Medical and sanitary report of the native army of Madras for the year
Year: 1877
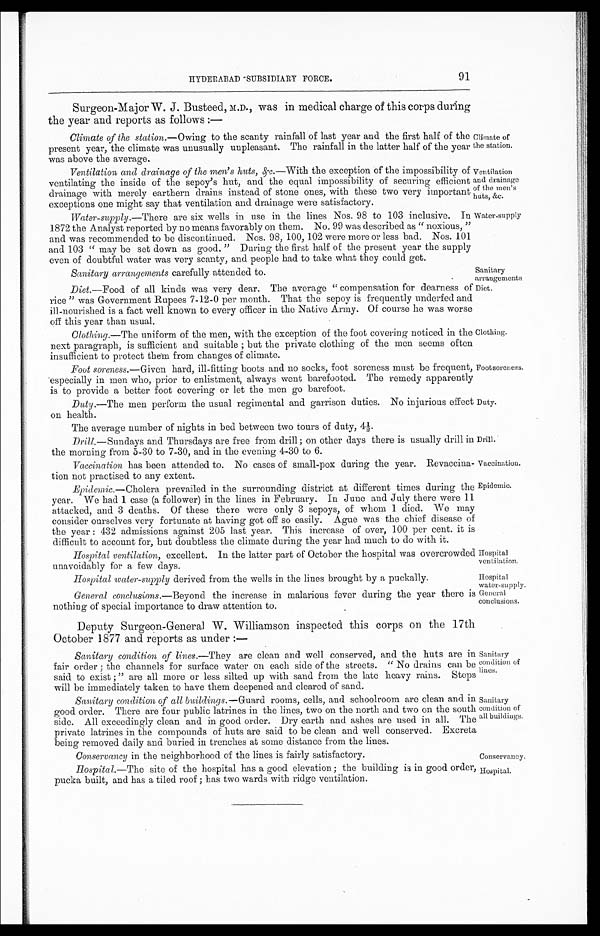
Ventilation
and drainage
of the men's
huts, &c.
Water-supply
Sanitary arrangements carefully attended to.
Sanitary
arrangements
Drill.
Vaccination.
Sanitary
condition of
lines.
Sanitary
condition of
all buildings.
Conservancy.
Hospital.
91
HYDERABAD SUBSIDIARY FORCE.
Surgeon-Major W. J. Busteed, M.D., was in medical charge of this corps during
the year and reports as follows:—
Climate of the station.— Owing to the scanty rainfall of last year and the first half of the
present year, the climate was unusually unpleasant. The rainfall in the latter half of the year
was above the average.
Climate of
the station.
Ventilation and drainage of the men's huts, &c.— With the exception of the impossibility of
ventilating the inside of the sepoy's hut, and the equal impossibility of securing efficient
drainage with merely earthern drains instead of stone ones, with these two very important
exceptions one might say that ventilation and drainage were satisfactory.
Water-supply .—There are six wells in use in the lines Nos. 98 to 103 inclusive. In
1872 the Analyst reported by no means favorably on them. No.99 was described as "noxious,"
and was recommended to be discontinued. Nos. 98, 100, 102 were more or less bad. Nos. 101
and 103 "may be set down as good. "During the first half of the present year the supply
even of doubtful water was very scanty, and people had to take what they could get.
Diet .—Food of all kinds was very dear. The average "compensation for dearness of
rice" was Government Rupees 7-12-0 per month. That the sepoy is frequently underfed and
ill-nourished is a fact well known to every officer in the Native Army. Of course he was worse
off this year than usual.
Clothing.—The uniform of the men, with the exception of the foot covering noticed in the
next paragraph, is sufficient and suitable; but the private clothing of the men seems often
insufficient to protect them from changes of climate.
Foot soreness.— Given hard, ill-fitting boots and no socks, foot soreness must be frequent,
especially in men who, prior to enlistment, always went barefooted. The remedy apparently
is to provide a better foot covering or let the men go barefoot.
Duty.—The men perform the usual regimental and garrison duties. No injurious effect
on health.
The average number of nights in bed between two tours of duty, 4½.
Drill .—Sundays and Thursdays are free from drill; on other days there is usually drill in
the morning from 5-30 to 7-30, and in the evening 4-30 to 6.
Vaccination has been attended to. No cases of small-pox during the year. Revaccina-
tion not practised to any extent.
Diet.
Clothing.
Foot soreness.
Duty.
Epidemic.
Epidemic.— Cholera prevailed in the surrounding district at different times during the
year. We had 1 case (a follower) in the lines in February. In June and July there were 11
attacked, and 3 deaths. Of these there were only 3 sepoys, of whom 1 died. We may
consider ourselves very fortunate at having got off so easily. Ague was the chief disease of
the year: 432 admissions against 205 last year. This increase of over, 100 per cent. it is
difficult to account for, but doubtless the climate during the year had much to do with it.
Hospital ventilation, excellent. In the latter part of October the hospital was overcrowded
unavoidably for a few days.
Hospital
ventilation.
Hospital water-supply derived from the wells in the lines brought by a puckally.
Hospital
water-supply.
General conclusions.—Beyond the increase in malarious fever during the year there is
nothing of special importance to draw attention to.
Deputy Surgeon-General W. Williamson inspected this corps on the 17th
October 1877 and reports as under:—
Sanitary condition of lines.—They are clean and well conserved, and the huts are in
fair order; the channels for surface water on each side of the streets. "No drains can be
said to exist; "are all more or less silted up with sand from the late heavy rains. Steps
will be immediately taken to have them deepened and cleared of sand.
Sanitary condition of all buildings.— Guard rooms, cells, and schoolroom are clean and in
good order. There are four public latrines in the lines, two on the north and two on the south
side. All exceedingly clean and in good order. Dry earth and ashes are used in all. The
private latrines in the compounds of huts are said to be clean and well conserved. Excreta
being removed daily and buried in trenches at some distance from the lines.
Conservancy in the neighborhood of the lines is fairly satisfactory.
Hospital.— The site of the hospital has a good elevation; the building is in good order,
pucka built, and has a tiled roof; has two wards with ridge ventilation.
General
conclusions.